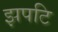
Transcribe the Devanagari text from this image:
झपटि